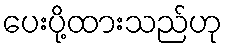
ပေးပို့ထားသည်ဟု